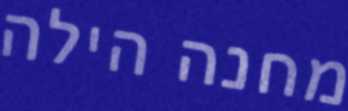
מחנה הילה